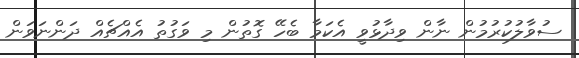
ސުވާލުކުރުމުން ނާން ވިދާޅުވީ އެކަމާ ބެހޭ ގޮތުން މި ވަގުތު އެއްޗެއް ދަންނަވަން